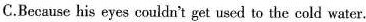
C.Because his eyes couldn't get used to the cald water.